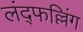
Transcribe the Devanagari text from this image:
लंद्फल्लिंग